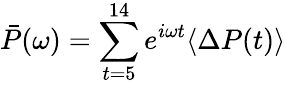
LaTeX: \bar{P}(\omega)=\sum_{t=5}^{14}e^{i\omega t}\langle\Delta P(t)\rangle